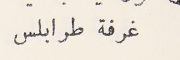
غرفة طرابلس